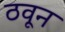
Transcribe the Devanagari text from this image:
ठवून